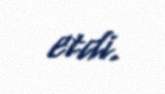
etdi.